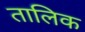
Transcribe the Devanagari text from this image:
तालिक